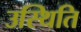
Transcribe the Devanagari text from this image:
उस्थिति